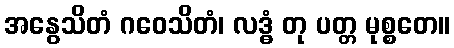
အနွေသိတံ ဂဝေသိတံ၊ လဒ္ဓံ တု ပတ္တ မုစ္စတေ။